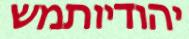
יהודיותמש